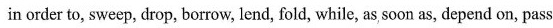
in order to, sweep, drop, borrow, lend, fold, while, as, soon as, depend on, pass